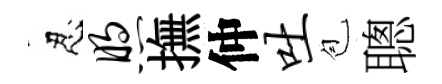
忍煦撫仲吐苞聰